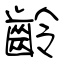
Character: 齡